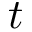
t